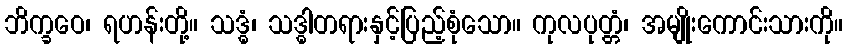
ဘိက္ခဝေ၊ ရဟန်းတို့။ သဒ္ဓံ၊ သဒ္ဓါတရားနှင့်ပြည့်စုံသော။ ကုလပုတ္တံ၊ အမျိုးကောင်းသားကို။